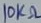
Text: 10KΩ